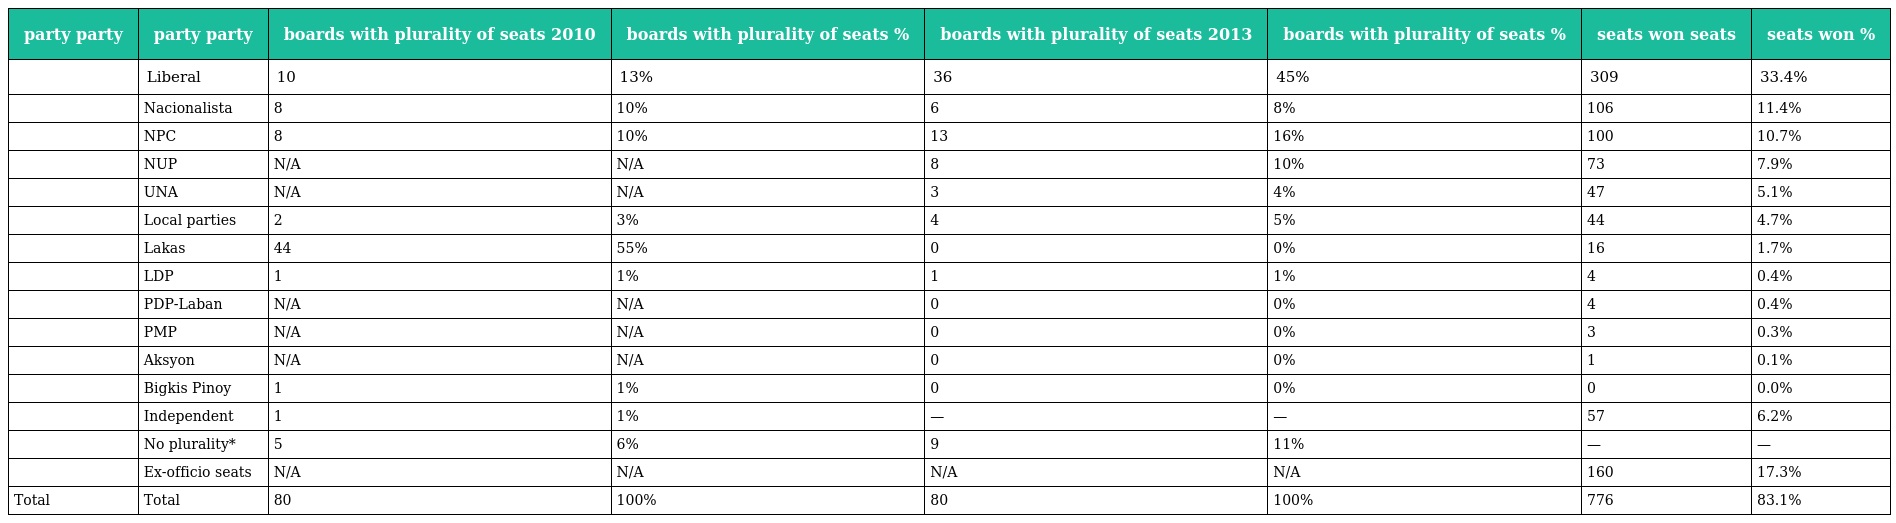
| party party | party party | boards with plurality of seats 2010 | boards with plurality of seats % | boards with plurality of seats 2013 | boards with plurality of seats % | seats won seats | seats won % |
 | --- | --- | --- | --- | --- | --- | --- | --- |
 |  | Liberal | 10 | 13% | 36 | 45% | 309 | 33.4% |
 |  | Nacionalista | 8 | 10% | 6 | 8% | 106 | 11.4% |
 |  | NPC | 8 | 10% | 13 | 16% | 100 | 10.7% |
 |  | NUP | N/A | N/A | 8 | 10% | 73 | 7.9% |
 |  | UNA | N/A | N/A | 3 | 4% | 47 | 5.1% |
 |  | Local parties | 2 | 3% | 4 | 5% | 44 | 4.7% |
 |  | Lakas | 44 | 55% | 0 | 0% | 16 | 1.7% |
 |  | LDP | 1 | 1% | 1 | 1% | 4 | 0.4% |
 |  | PDP-Laban | N/A | N/A | 0 | 0% | 4 | 0.4% |
 |  | PMP | N/A | N/A | 0 | 0% | 3 | 0.3% |
 |  | Aksyon | N/A | N/A | 0 | 0% | 1 | 0.1% |
 |  | Bigkis Pinoy | 1 | 1% | 0 | 0% | 0 | 0.0% |
 |  | Independent | 1 | 1% | — | — | 57 | 6.2% |
 |  | No plurality* | 5 | 6% | 9 | 11% | — | — |
 |  | Ex-officio seats | N/A | N/A | N/A | N/A | 160 | 17.3% |
 | Total | Total | 80 | 100% | 80 | 100% | 776 | 83.1% |